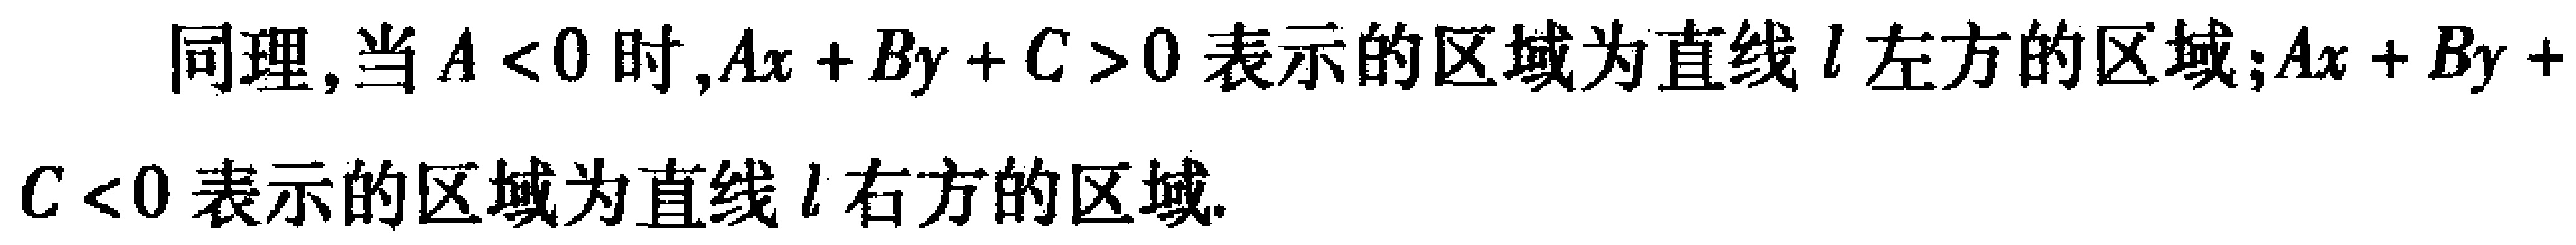
同理,当\(A < 0\)时,\(Ax + By + C > 0\)表示的区域为直线\(l\)左方的区域;\(Ax + By + C < 0\)表示的区域为直线\(l\)右方的区域.